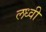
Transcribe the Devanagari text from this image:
लध्वी